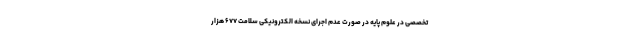
تخصصی در علوم پایه در صورت عدم اجرای نسخه الکترونیکی سلامت ۶۷۷ هزار